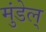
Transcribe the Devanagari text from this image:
मुंडेल्